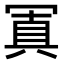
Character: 𠖕